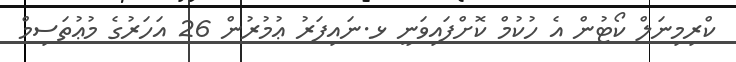
ކްރިމިނަލް ކޯޓުން އެ ހުކުމް ކޮށްފައިވަނީ ޅ.ނައިފަރު ޢުމުރުން 26 އަހަރުގެ މުޢުތަސިމް